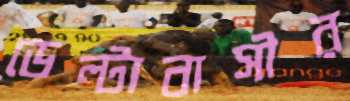
ডেল্টাবাসীর